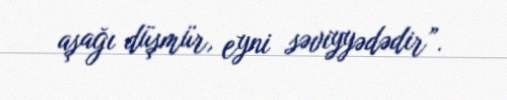
aşağı düşmür, eyni səviyyədədir”.